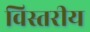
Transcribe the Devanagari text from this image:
विस्तरीय